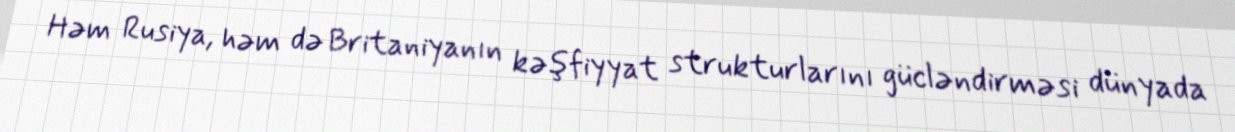
Həm Rusiya, həm də Britaniyanın kəşfiyyat strukturlarını gücləndirməsi dünyada